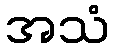
အသံ